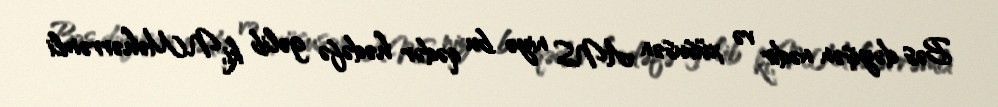
Bəs dəyişən nədir və xüsusən ANS niyə bu qədər hədəfə gəlib ki, N.Məhərrəmli